Indian journal of veterinary science and animal husbandry - Volume 5,
Year: 1935
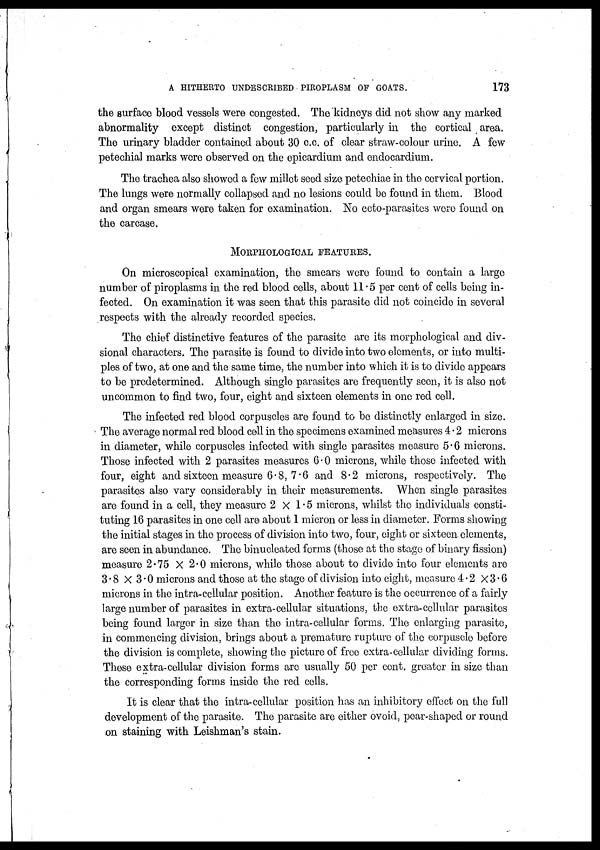
A HITHERTO UNDESCRIBED PIROPLASM OF GOATS.
173
the surface blood vessels were congested. The kidneys did not show any marked
abnormality except distinct congestion, particularly in the cortical area.
The urinary bladder contained about 30 c.c. of clear straw-colour urine. A few
petechial marks were observed on the epicardium and endocardium.
The trachea also showed a few millet seed size petechiae in the cervical portion.
The lungs were normally collapsed and no lesions could be found in them. Blood
and organ smears were taken for examination. No ecto-parasites were found on
the carcase.
MORPHOLOGICAL FEATURES.
On microscopical examination, the smears were found to contain a large
number of piroplasms in the red blood cells, about 11.5 per cent of cells being in-
fected. On examination it was seen that this parasite did not coincide in several
respects with the already recorded species.
The chief distinctive features of the parasite are its morphological and div-
sional characters. The parasite is found to divide into two elements, or into multi-
ples of two, at one and the same time, the number into which it is to divide appears
to be predetermined. Although single parasites are frequently seen, it is also not
uncommon to find two, four, eight and sixteen elements in one red cell.
The infected red blood corpuscles are found to be distinctly enlarged in size.
The average normal red blood cell in the specimens examined measures 4.2 microns
in diameter, while corpuscles infected with single parasites measure 5.6 microns.
Those infected with 2 parasites measures 6 . 0 microns, while those infected with
four, eight and sixteen measure 6.8, 7.6 and 8.2 microns, respectively. The
parasites also vary considerably in their measurements. When single parasites
are found in a cell, they measure 2 × 1.5 microns, whilst the individuals consti-
tuting 16 parasites in one cell are about 1 micron or less in diameter. Forms showing
the initial stages in the process of division into two, four, eight or sixteen elements,
are seen in abundance. The binucleated forms (those at the stage of binary fission)
measure 2.75 × 2.0 microns, while those about to divide into four elements are
3.8 × 3.0 microns and those at the stage of division into eight, measure 4.2 × 3.6
microns in the intra-cellular position. Another feature is the occurrence of a fairly
large number of parasites in extra-cellular situations, the extra-cellular parasites
being found larger in size than the intra-cellular forms. The enlarging parasite,
in commencing division, brings about a premature rupture of the corpuscle before
the division is complete, showing the picture of free extra-cellular dividing forms.
These extra-cellular division forms are usually 50 per cent. greater in size than
the corresponding forms inside the red cells.
It is clear that the intra-cellular position has an inhibitory effect on the full
development of the parasite. The parasite are either ovoid, pear-shaped or round
on staining with Leishman's stain.